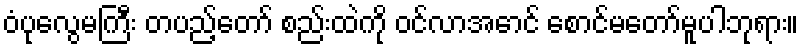
ဝံပုလွေမကြီး တပည့်တော် စည်းထဲကို ဝင်လာအောင် စောင်မတော်မူပါဘုရား။